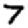
Digit: 7